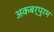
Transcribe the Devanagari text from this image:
अकबर्पुरम